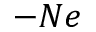
- N e